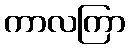
ကာလကြာ